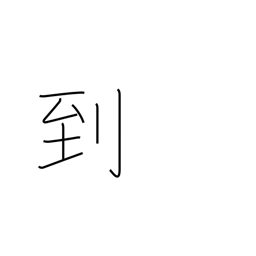
Meaning: arrival